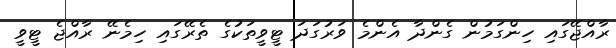
ރާއްޖޭގައި ހިންގަމުން ގެންދާ އެންމެ ވަރުގަދަ ޓީވީތަކުގެ ތެރޭގައި ހިމެނޭ ރާއްޖެ ޓީވީ